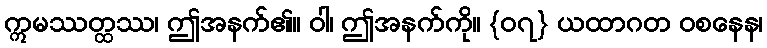
ဣမဿတ္ထဿ၊ ဤအနက်၏။ ဝါ၊ ဤအနက်ကို။ {၀၇} ယထာဂတ ဝစနေန၊